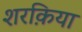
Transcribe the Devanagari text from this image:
शरक़िया